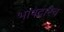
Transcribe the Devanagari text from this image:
भाषेद्वारेच